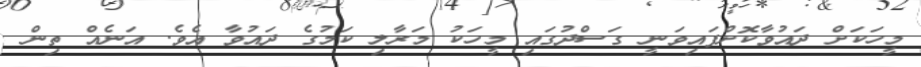
މީހަކަށް ދައުވާކޮށްފައިވަނީ ގަސްދުގައި މީހަކު މަރާލި ކަމުގެ ދައުވާ އެވެ. އަނެއް ތިން